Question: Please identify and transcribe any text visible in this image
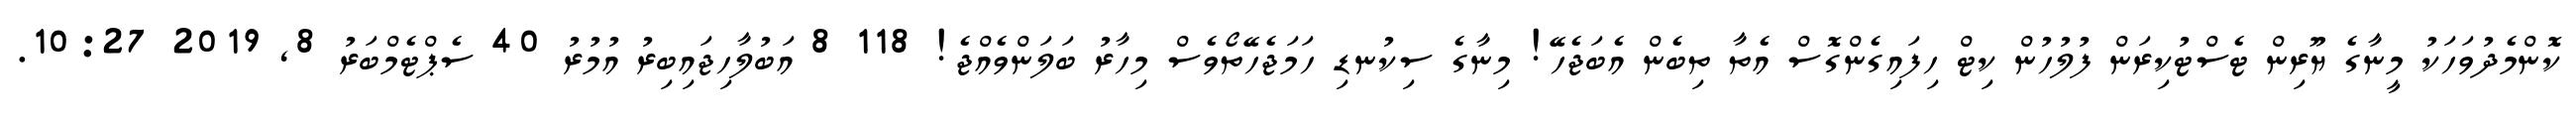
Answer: ކޮންމެދުވަހަކު މީނާގެ ޔޫރިން ޓެސްޓުކިރަން ފުލުހުން ކިޓް ހިފައިގެންގޮސް އެތާ ތިބެން އެބަޖެހޭ! މިނާގެ ސިކުނޑި ހަމަޖެހޭތޯވެސް މިހާރު ބަލަންވެއްޖެ! 118 8 އަބުލާހިޖައިބިރު އުމުރު 40 ސެޕްޓެމްބަރު 8, 2019 10:27.